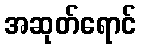
အဆုတ်ရောင်